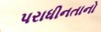
પરાધીનતાનો